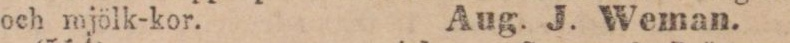
och mjölk-kor. Aug. J. Weman.